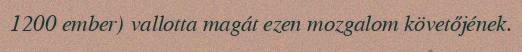
1200 ember) vallotta magát ezen mozgalom követőjének.